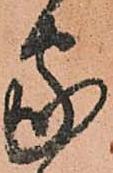
家